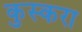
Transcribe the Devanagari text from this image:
कुस्करा